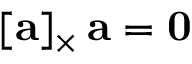
[ \mathbf { a } ] _ { \times } \, \mathbf { a } = \mathbf { 0 }